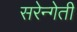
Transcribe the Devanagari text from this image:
सरेन्गेती